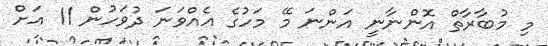
މި މުބާރާތް އޮންނާނީ އަންނަ މޭ މަހުގެ އެއްވަނަ ދުވަހުން 11 އަށް